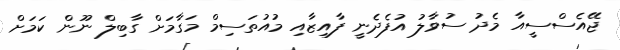
ޖޭއެސްސީއާ މެދު ސުވާލު އުފެދެނީ ފާއިޒާއި މުއުތަސިމް މަގާމަށް ގާބިލް ނޫން ކަމަށް